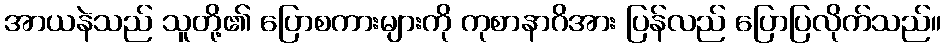
အာယနဲသည် သူတို့၏ ပြောစကားများကို ကုစာနာဂိအား ပြန်လည် ပြောပြလိုက်သည်။